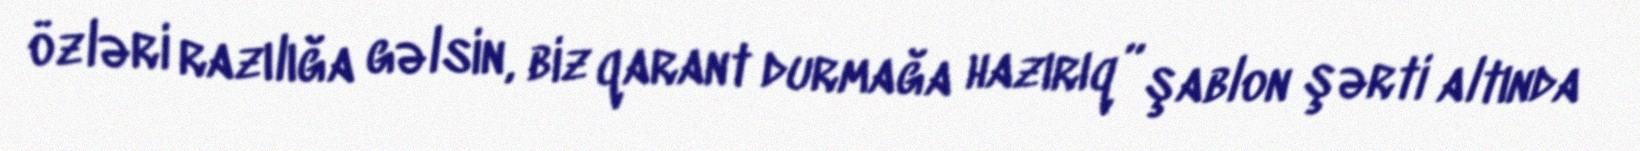
özləri razılığa gəlsin, biz qarant durmağa hazırıq” şablon şərti altında